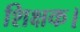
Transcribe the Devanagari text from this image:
शिक्षक।